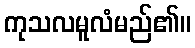
ကုသလမူလံမည်၏။